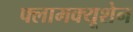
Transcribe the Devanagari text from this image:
फ्लामक्यूशेन